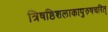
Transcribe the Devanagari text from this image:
त्रिषष्ठिशलाकापुरुषचरित्